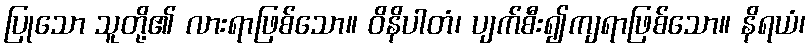
ပြုသော သူတို့၏ လားရာဖြစ်သော။ ဝိနိပါတံ၊ ပျက်စီး၍ကျရာဖြစ်သော။ နိရယံ၊